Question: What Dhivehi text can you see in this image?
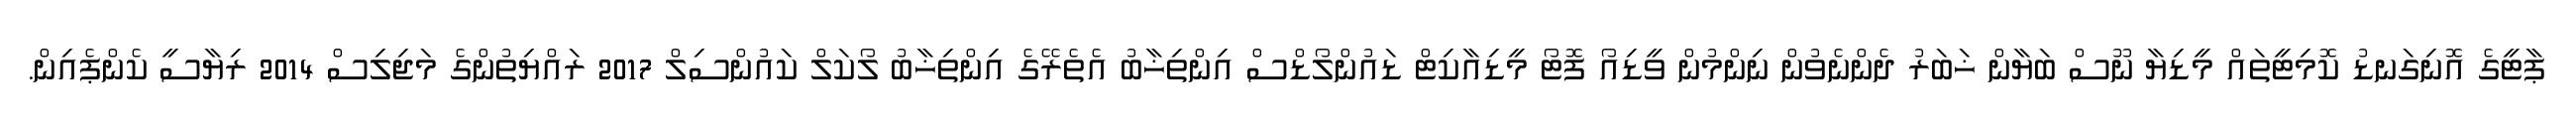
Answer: ޕާޓީގެ އޮނިގަނޑު ކޮމިޓީތައް މީޑިޔާ ނޫސް ބަޔާން ޚަބަރު ދެންނެވުން ނިންމުން ވީޑިއޯ ފޮޓޯ މީޑިއާކިޓް ޑައުންލޯޑްސް އިންތިޚާބު އެތެރޭގެ އިންތިޚާބު ލޯކަލް ކައުންސިލް 2017 ރައްޔިތުންގެ މަޖިލިސް 2014 ރިޔާސީ ކެންޕެއިން.